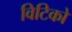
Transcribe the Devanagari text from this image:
विटिको